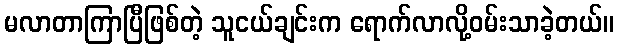
မလာတာကြာပြီဖြစ်တဲ့ သူငယ်ချင်းက ရောက်လာလို့ဝမ်းသာခဲ့တယ်။